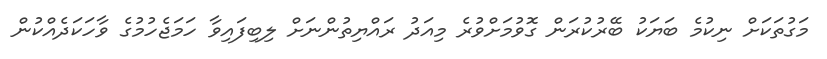
މަގުތަކަށް ނިކުމެ ބަޔަކު ބޭރުކުރަން ގޮވުމަށްވުރެ މިއަދު ރައްޔިތުންނަށް ލިބިފައިވާ ހަމަޖެހުމުގެ ވާހަކަދެއްކުން